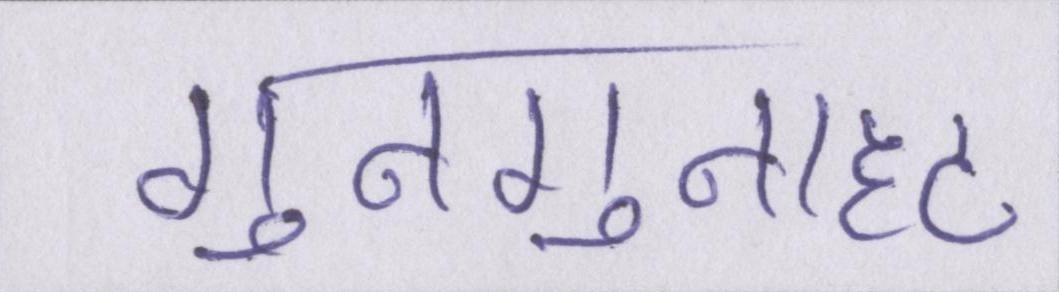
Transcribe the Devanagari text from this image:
गुनगुनाहट